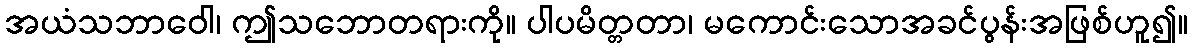
အယံသဘာဝေါ၊ ဤသဘောတရားကို။ ပါပမိတ္တတာ၊ မကောင်းသောအခင်ပွန်းအဖြစ်ဟူ၍။